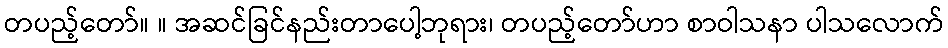
တပည့်တော်။ ။ အဆင်ခြင်နည်းတာပေါ့ဘုရား၊ တပည့်တော်ဟာ စာဝါသနာ ပါသလောက်